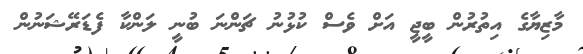
މާޒިޔާގެ އިތުރުން ބީޖީ އަށް ވެސް ކުޅުނު ޗަންނަ ބުނީ ލަންކާ ފެޑަރޭޝަނުން